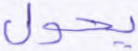
يحول